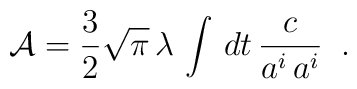
{\cal A} = {3 \over 2} \sqrt{\pi}\,\lambda\,\int\,dt \, {c \over a^i\,a^i}\;\;.